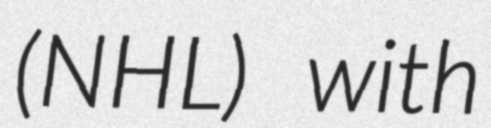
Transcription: (NHL) with